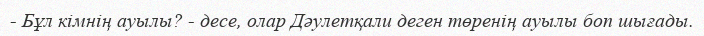
- Бұл кімнің ауылы? - десе, олар Дәулетқали деген төренің ауылы боп шығады.